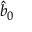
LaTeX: { \hat { b } } _ { 0 }